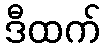
ဒီထက်